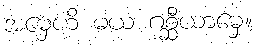
အမှေဟိ မယံ ဂစ္ဆီယာမှေ။